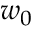
w _ { 0 }